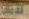
لديك